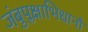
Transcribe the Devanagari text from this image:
जंबुप्लक्षाभिधानौ